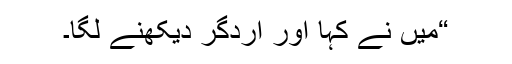
“میں نے کہا اور اردگر دیکھنے لگا۔